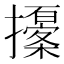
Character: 𢸹